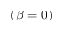
( \beta = 0 )